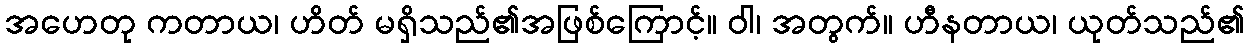
အဟေတု ကတာယ၊ ဟိတ် မရှိသည်၏အဖြစ်ကြောင့်။ ဝါ၊ အတွက်။ ဟီနတာယ၊ ယုတ်သည်၏